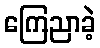
ကြေညာခဲ့